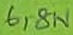
Text: 6,8n